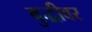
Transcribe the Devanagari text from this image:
बुद्धीवर